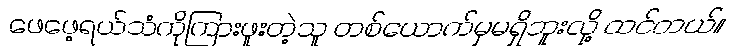
ဖေဖေ့ရယ်သံကိုကြားဖူးတဲ့သူ တစ်ယောက်မှမရှိဘူးလို့ ထင်တယ်။